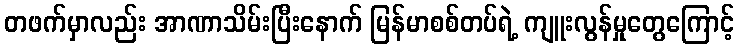
တဖက်မှာလည်း အာဏာသိမ်းပြီးနောက် မြန်မာစစ်တပ်ရဲ့ ကျူးလွန်မှုတွေကြောင့်